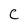
Character: C